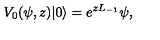
V _ { 0 } ( \psi , z ) | 0 \rangle = e ^ { z L _ { - 1 } } \psi ,